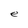
Character: e